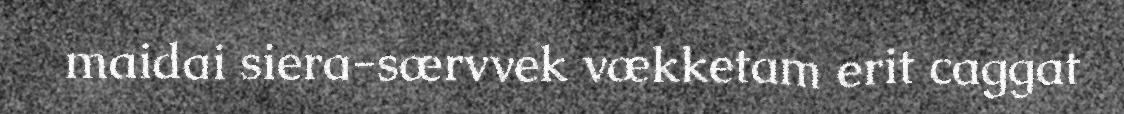
maidai siera-særvvek vækketam erit caggat